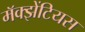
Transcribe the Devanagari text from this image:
मॅक्झेंटियस